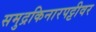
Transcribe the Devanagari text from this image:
समुद्रकिनारपट्टीवर